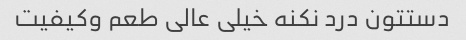
دستتون درد نکنه خیلی عالی طعم وکیفیت